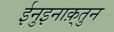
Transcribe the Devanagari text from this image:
ईनुइनाक़्तुन